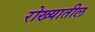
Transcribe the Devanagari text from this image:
रोख्यातील